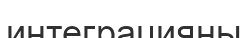
интеграцияны